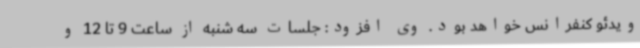
ویدئو کنفرانس خواهد بود. وی افزود: جلسات سه شنبه از ساعت 9 تا 12 و